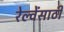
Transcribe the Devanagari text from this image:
रेल्वेंसाठी